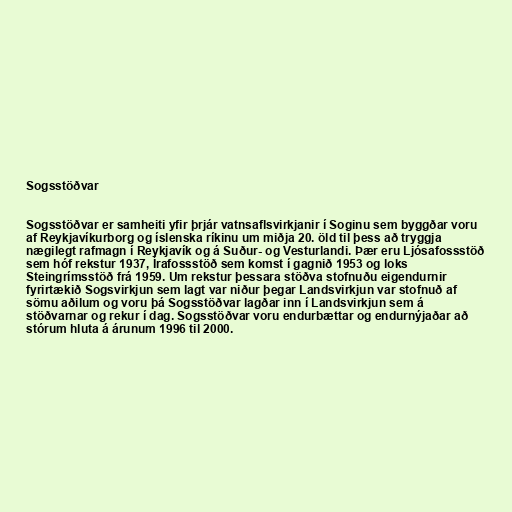
Sogsstöðvar

Sogsstöðvar er samheiti yfir þrjár vatnsaflsvirkjanir í Soginu sem byggðar voru
af Reykjavíkurborg og íslenska ríkinu um miðja 20. öld til þess að tryggja
nægilegt rafmagn í Reykjavík og á Suður- og Vesturlandi. Þær eru Ljósafossstöð
sem hóf rekstur 1937, Írafossstöð sem komst í gagnið 1953 og loks
Steingrímsstöð frá 1959. Um rekstur þessara stöðva stofnuðu eigendurnir
fyrirtækið Sogsvirkjun sem lagt var niður þegar Landsvirkjun var stofnuð af
sömu aðilum og voru þá Sogsstöðvar lagðar inn í Landsvirkjun sem á
stöðvarnar og rekur í dag. Sogsstöðvar voru endurbættar og endurnýjaðar að
stórum hluta á árunum 1996 til 2000.